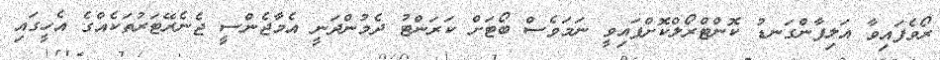
ރޯވެފައިވާ އަލިފާންގަނޑު ކޮންޓްރޯލްކޮށްފައިވީ ނަމަވެސް ބޯޓަށް ކަރަންޓު ދެމުންދަނީ އެމާޖެންސީ ޖެނެރޭޓަރުތަކެއްގެ އެހީގައި